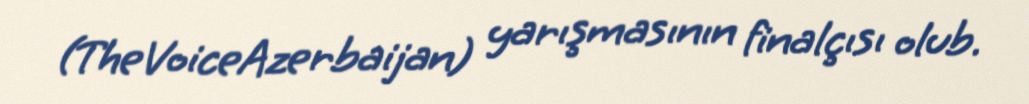
(TheVoiceAzerbaijan) yarışmasının finalçısı olub.